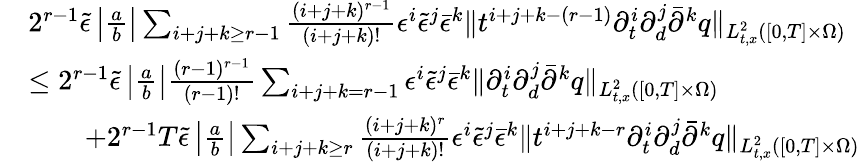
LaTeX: \begin{array}{rl}&{2^{r-1}\tilde{\epsilon}\left|\frac{a}{b}\right|\sum_{i+j+k\ge r-1}\frac{(i+j+k)^{r-1}}{(i+j+k)!}\epsilon^{i}\tilde{\epsilon}^{j}\bar{\epsilon}^{k}\| t^{i+j+k-(r-1)}\partial_{t}^{i}\partial_{d}^{j}\bar{\partial}^{k}q\| _{L_{t,x}^{2}([0,T]\times\Omega)}}\\ &{\le 2^{r-1}\tilde{\epsilon}\left|\frac{a}{b}\right|\frac{(r-1)^{r-1}}{(r-1)!}\sum_{i+j+k=r-1}\epsilon^{i}\tilde{\epsilon}^{j}\bar{\epsilon}^{k}\| \partial_{t}^{i}\partial_{d}^{j}\bar{\partial}^{k}q\| _{L_{t,x}^{2}([0,T]\times\Omega)}}\\ &{\quad\quad+2^{r-1}T\tilde{\epsilon}\left|\frac{a}{b}\right|\sum_{i+j+k\ge r}\frac{(i+j+k)^{r}}{(i+j+k)!}\epsilon^{i}\tilde{\epsilon}^{j}\bar{\epsilon}^{k}\| t^{i+j+k-r}\partial_{t}^{i}\partial_{d}^{j}\bar{\partial}^{k}q\| _{L_{t,x}^{2}([0,T]\times\Omega)}}\end{array}